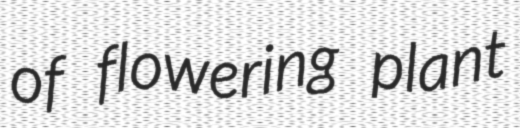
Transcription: of flowering plant